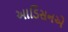
આડિસનએ